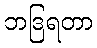
ဘဒြရတာ